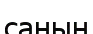
саның